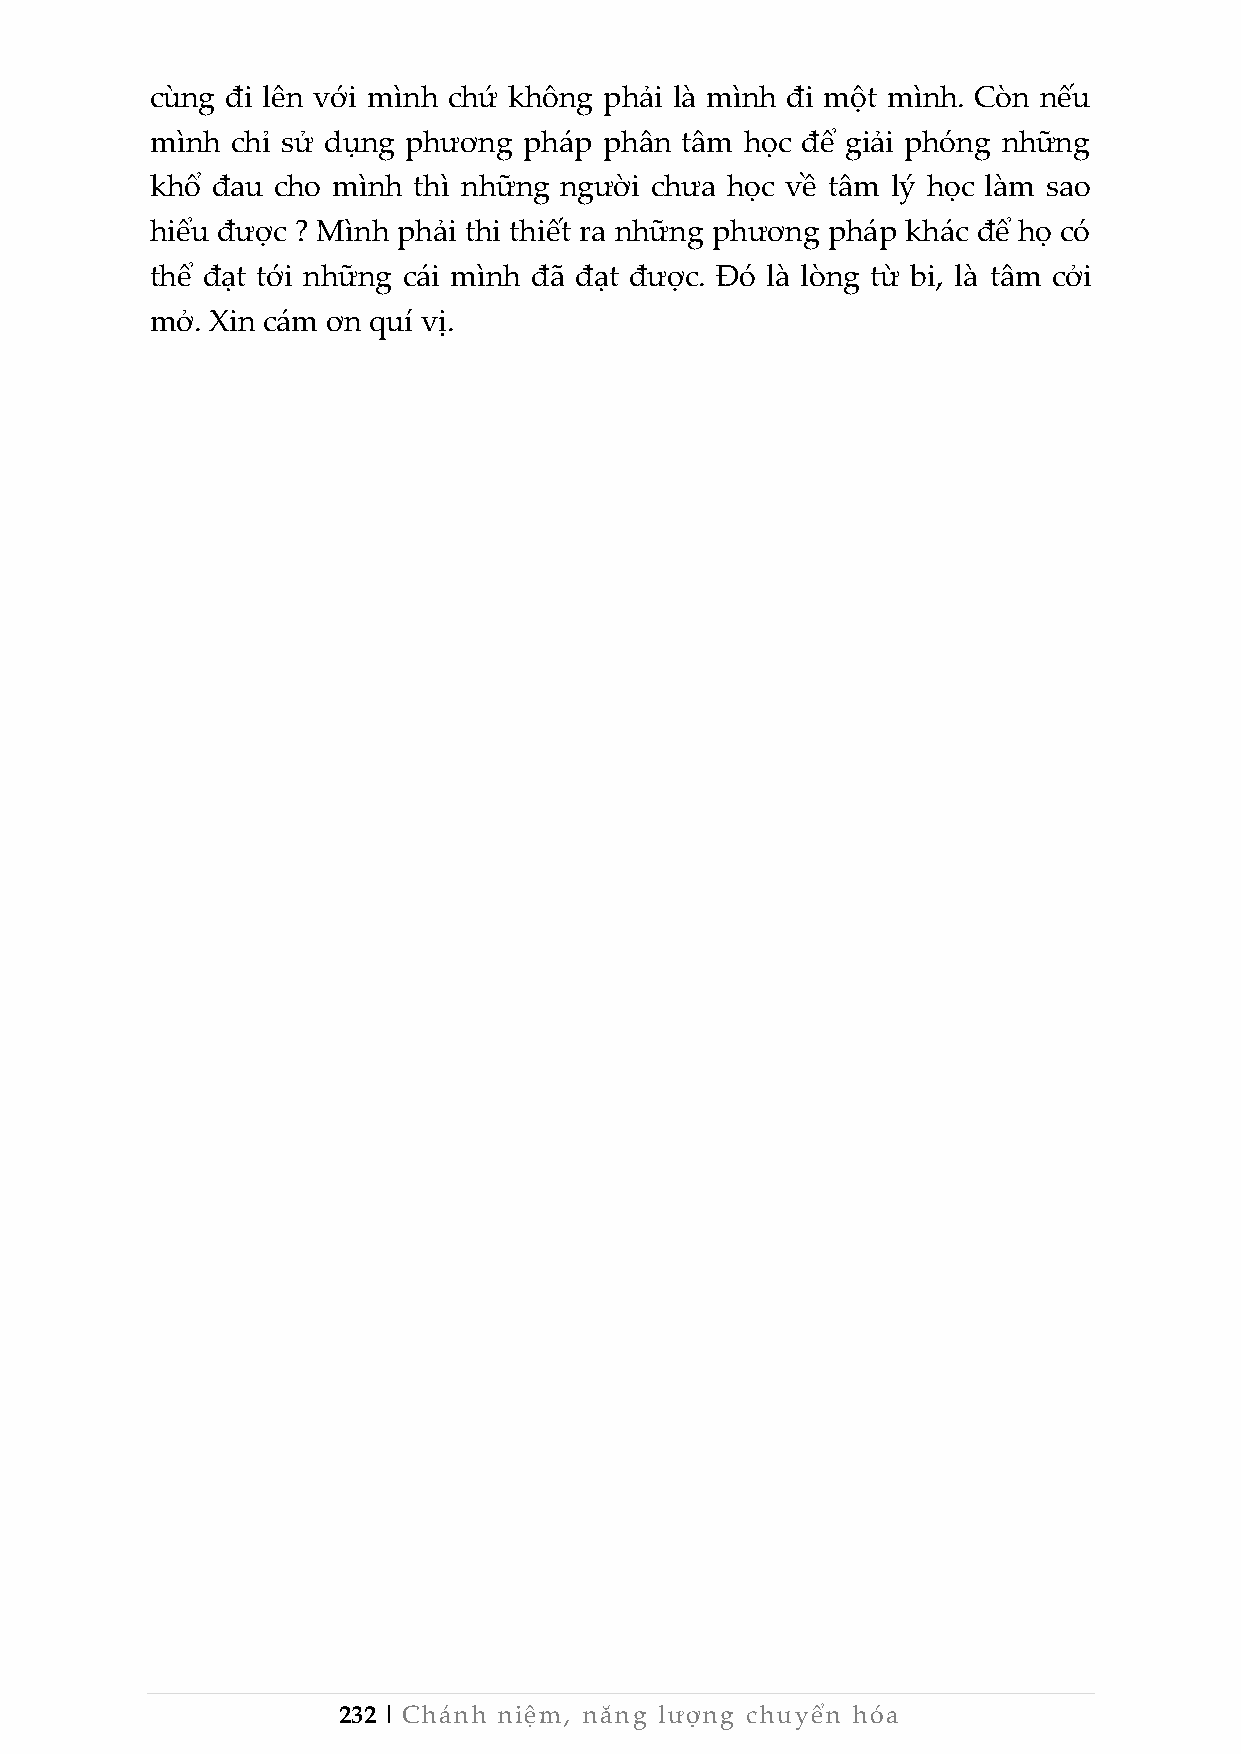
cùng đi lên với mình chứ không phải là mình đi một mình. Còn nếu
 mình chỉ sử dụng phương  pháp phân tâm học để giải phóng những
 khổ đau cho mình thì những người chưa học về tâm lý học làm sao
 hiểu được ? Mình phải thi thiết ra những phương pháp khác để họ có
 thể đạt tới những cái mình đã đạt được. Đó là lòng từ bi, là tâm cởi
 mở. Xin cám ơn quí vị.
 232 | Chánh niệm, năng lượng chuyển hóa